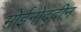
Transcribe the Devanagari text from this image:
मोईनोद्दीन